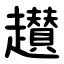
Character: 䟎